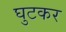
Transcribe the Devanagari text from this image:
घुटकर